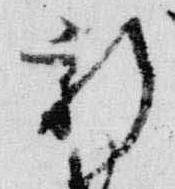
新